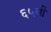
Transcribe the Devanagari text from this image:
६५वीं